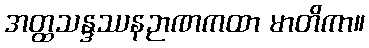
အတ္ထသန္ဒဿနဉာဏကထာ မာတိကာ။